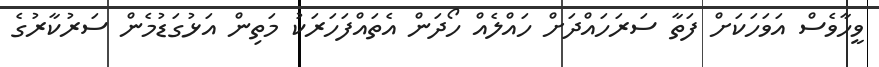
ވީހާވެސް އަވަހަކަށް ފަތާ ސަރަހައްދަށް ހައްލެއް ހޯދަން އެތައްފަހަރަކު މަތިން އަޅުގަޑުމެން ސަރުކާރުގެ